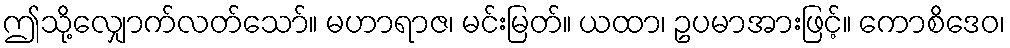
ဤသို့လျှောက်လတ်သော်။ မဟာရာဇ၊ မင်းမြတ်။ ယထာ၊ ဥပမာအားဖြင့်။ ကောစိဒေဝ၊